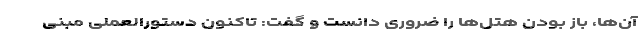
آن‌ها، باز بودن هتل‌ها را ضروری دانست و گفت: تاکنون دستورالعملی‌ مبنی